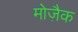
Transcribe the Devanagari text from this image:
मोज़ैक